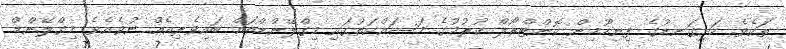
ތަކެވެ. ހަށިގަނޑުގެ ފިނިހޫމިން ކޮންޓްރޯލް ކުރުމުގެ މަސައްކަތުގައި މިގްލޭންޑްތައް ބައިވެރިއެއް ނުވެއެވެ. މިގްލޭންޑް